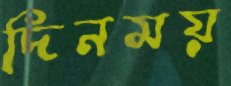
দিনময়